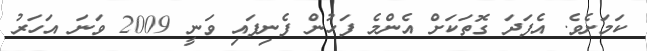
ކަމަށެވެ. އެފަދަ ގޮތަކަށް އެންމެ ފަހުން ފެނިފައި ވަނީ 2009 ވަނަ އަހަރު